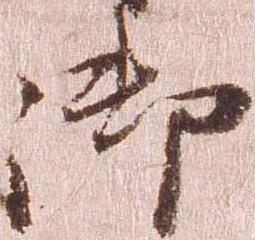
御